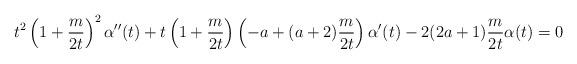
LaTeX: \begin{align*} t^{2}\left(1 + \frac{m}{2t}\right)^{2} \alpha''(t) + t\left(1 + \frac{m}{2t}\right)\left( - a + (a+2)\frac{m}{2t} \right) \alpha'(t) - 2(2 a + 1) \frac{m}{2t} \alpha(t) =0\end{align*}